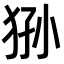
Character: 狲